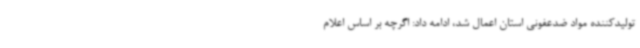
تولیدکننده مواد ضدعفونی استان اعمال شد، ادامه داد: اگرچه بر اساس اعلام